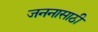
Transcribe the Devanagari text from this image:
जननासाठी